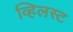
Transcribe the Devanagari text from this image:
व्हिलस्ट